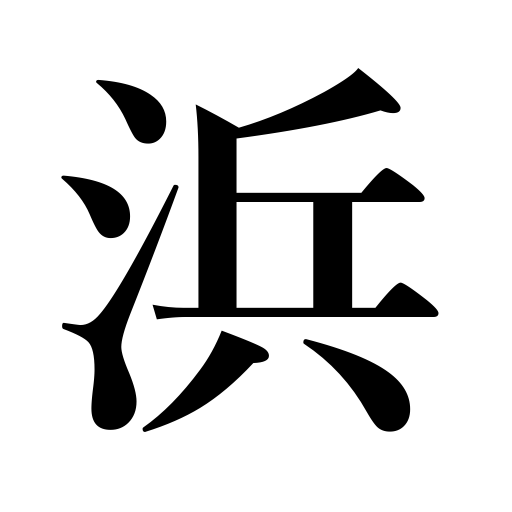
Meanings: fishing village,beach,seashore